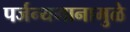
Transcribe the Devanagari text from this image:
पर्जन्यमानामुळे